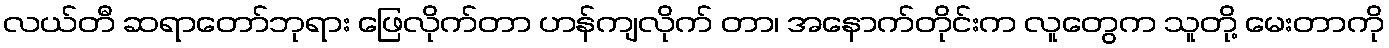
လယ်တီ ဆရာတော်ဘုရား ဖြေလိုက်တာ ဟန်ကျလိုက် တာ၊ အနောက်တိုင်းက လူတွေက သူတို့ မေးတာကို